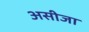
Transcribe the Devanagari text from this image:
असीजा